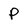
Character: P